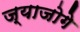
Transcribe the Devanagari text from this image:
ज्याजोगे